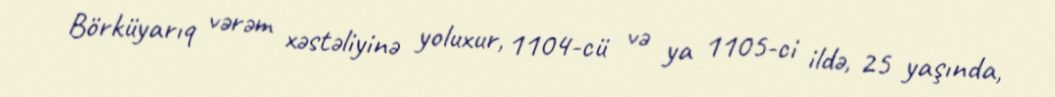
Börküyarıq vərəm xəstəliyinə yoluxur, 1104-cü və ya 1105-ci ildə, 25 yaşında,